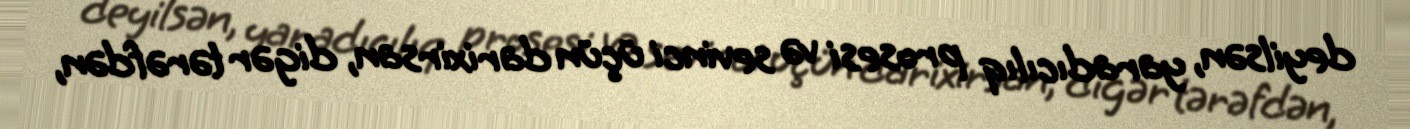
deyilsən, yaradıcılıq prosesi və sevinci üçün darixirsan, digər tərəfdən,